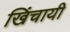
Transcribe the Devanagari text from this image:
खिंचायी